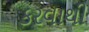
કરવાથી